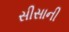
સીસાની